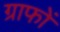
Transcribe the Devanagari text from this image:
ग्राफों